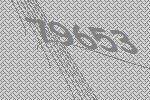
79653